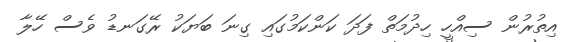
އިތުރުން ސިއްހީ ހިދުމަތް ފަދަ ކަންކަމުގައި ގިނަ ބަޔަކު ރޭގަނޑު ވެސް ހޭލާ